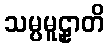
သမ္ပမူဠှာတိ